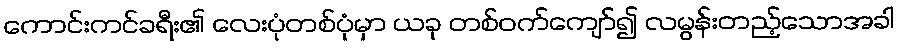
ကောင်းကင်ခရီး၏ လေးပုံတစ်ပုံမှာ ယခု တစ်ဝက်ကျော်၍ လမွန်းတည့်သောအခါ